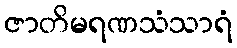
ဇာတိမရဏသံသာရံ